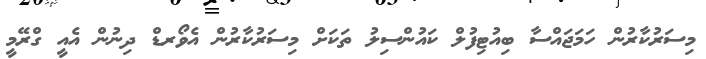
މިސަރުކާރުން ހަމަޖައްސާ ބިއުޓިފުލް ކައުންސިލު ތަކަށް މިސަރުކާރުން އެވޯރޑް ދިނުން އެއީ ގްރޭމީ